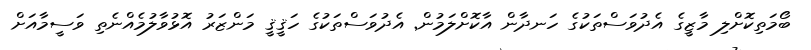
ބޯމަތިކޮށްލި މާޒީގެ އެދުވަސްތަކުގެ ހަނދާން އާކޮށްލަމުން